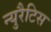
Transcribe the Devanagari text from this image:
न्युरैटिस